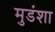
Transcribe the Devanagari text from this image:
मुडंशा